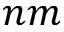
n m